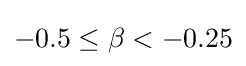
-0.5\leq \beta <-0.25